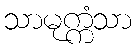
သာမုက္ကံသာ